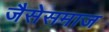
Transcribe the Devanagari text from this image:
जैसेसमाज